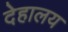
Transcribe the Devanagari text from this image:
देहालय